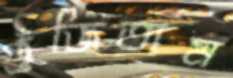
গুঁজিতাম